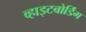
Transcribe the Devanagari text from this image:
व्हाइटबोर्डिंग